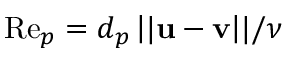
\mathrm { R e } _ { p } = d _ { p } \left\lvert \lvert \mathbf { u } - \mathbf { v } \right\rvert \rvert / \nu